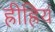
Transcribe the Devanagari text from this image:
ह्रीह्रियं